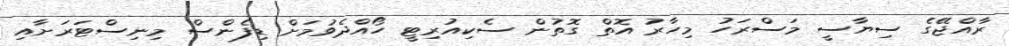
ރާއްޖޭގެ ސިޔާސީ މަސްރަހު މިހާރު އޮތް ގޮތުން ސެކިއުރިޓީ ހޯއްދެވުމަށް ޑިފެންސް މިނިސްޓަރަށާއި